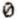
0